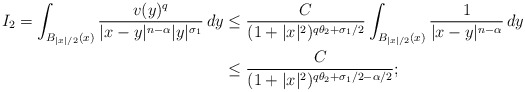
\begin{align*}I_2 = \int_{B_{|x|/2}(x)} \frac{v(y)^q}{|x-y|^{n-\alpha}|y|^{\sigma_1}}\,dy \leq {} & \frac{C}{(1 + |x|^2)^{q\theta_2 + \sigma_{1}/2}}\int_{B_{|x|/2}(x)} \frac{1}{|x-y|^{n-\alpha}}\,dy \\\leq {} & \frac{C}{(1 + |x|^2)^{q\theta_2 +\sigma_{1}/2 -\alpha/2}};\end{align*}